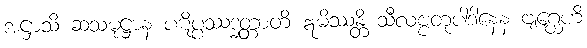
အဋ္ဌာသိ ဆသမုဋ္ဌာနံ ပဋိပ္ပဿဒ္ဓတ္တာတိ ဣမိဿန္တိ သီလဗ္ဗတုပါဒါနေန ဗျဂ္ဃေဟိ